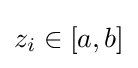
z_{i}\in [a,b]